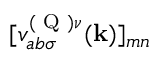
[ v _ { a b \sigma } ^ { ( \textrm { Q } ) \nu } ( \mathbf { k } ) ] _ { m n }